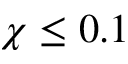
\chi \leq 0 . 1